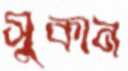
সুকান